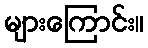
များကြောင်း။